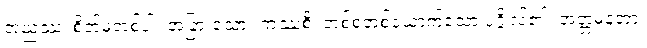
အညဿ၊ စိတ်မှတစ်ပါး အခြားသော။ ကဿစိ၊ တစ်စုံတစ်ယောက်သော ပုဂ္ဂိုလ်၏။ အတ္တမနတာ၊